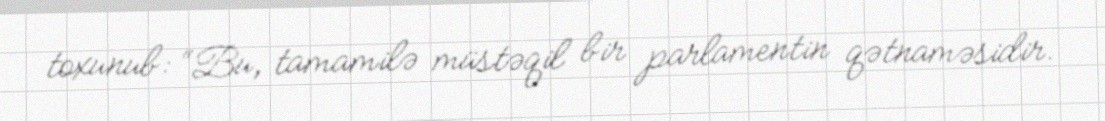
toxunub: “Bu, tamamilə müstəqil bir parlamentin qətnaməsidir.